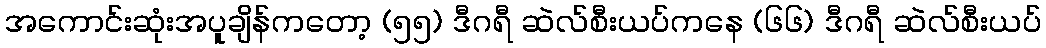
အကောင်းဆုံးအပူချိန်ကတော့ (၅၅) ဒီဂရီ ဆဲလ်စီးယပ်ကနေ (၆၆) ဒီဂရီ ဆဲလ်စီးယပ်